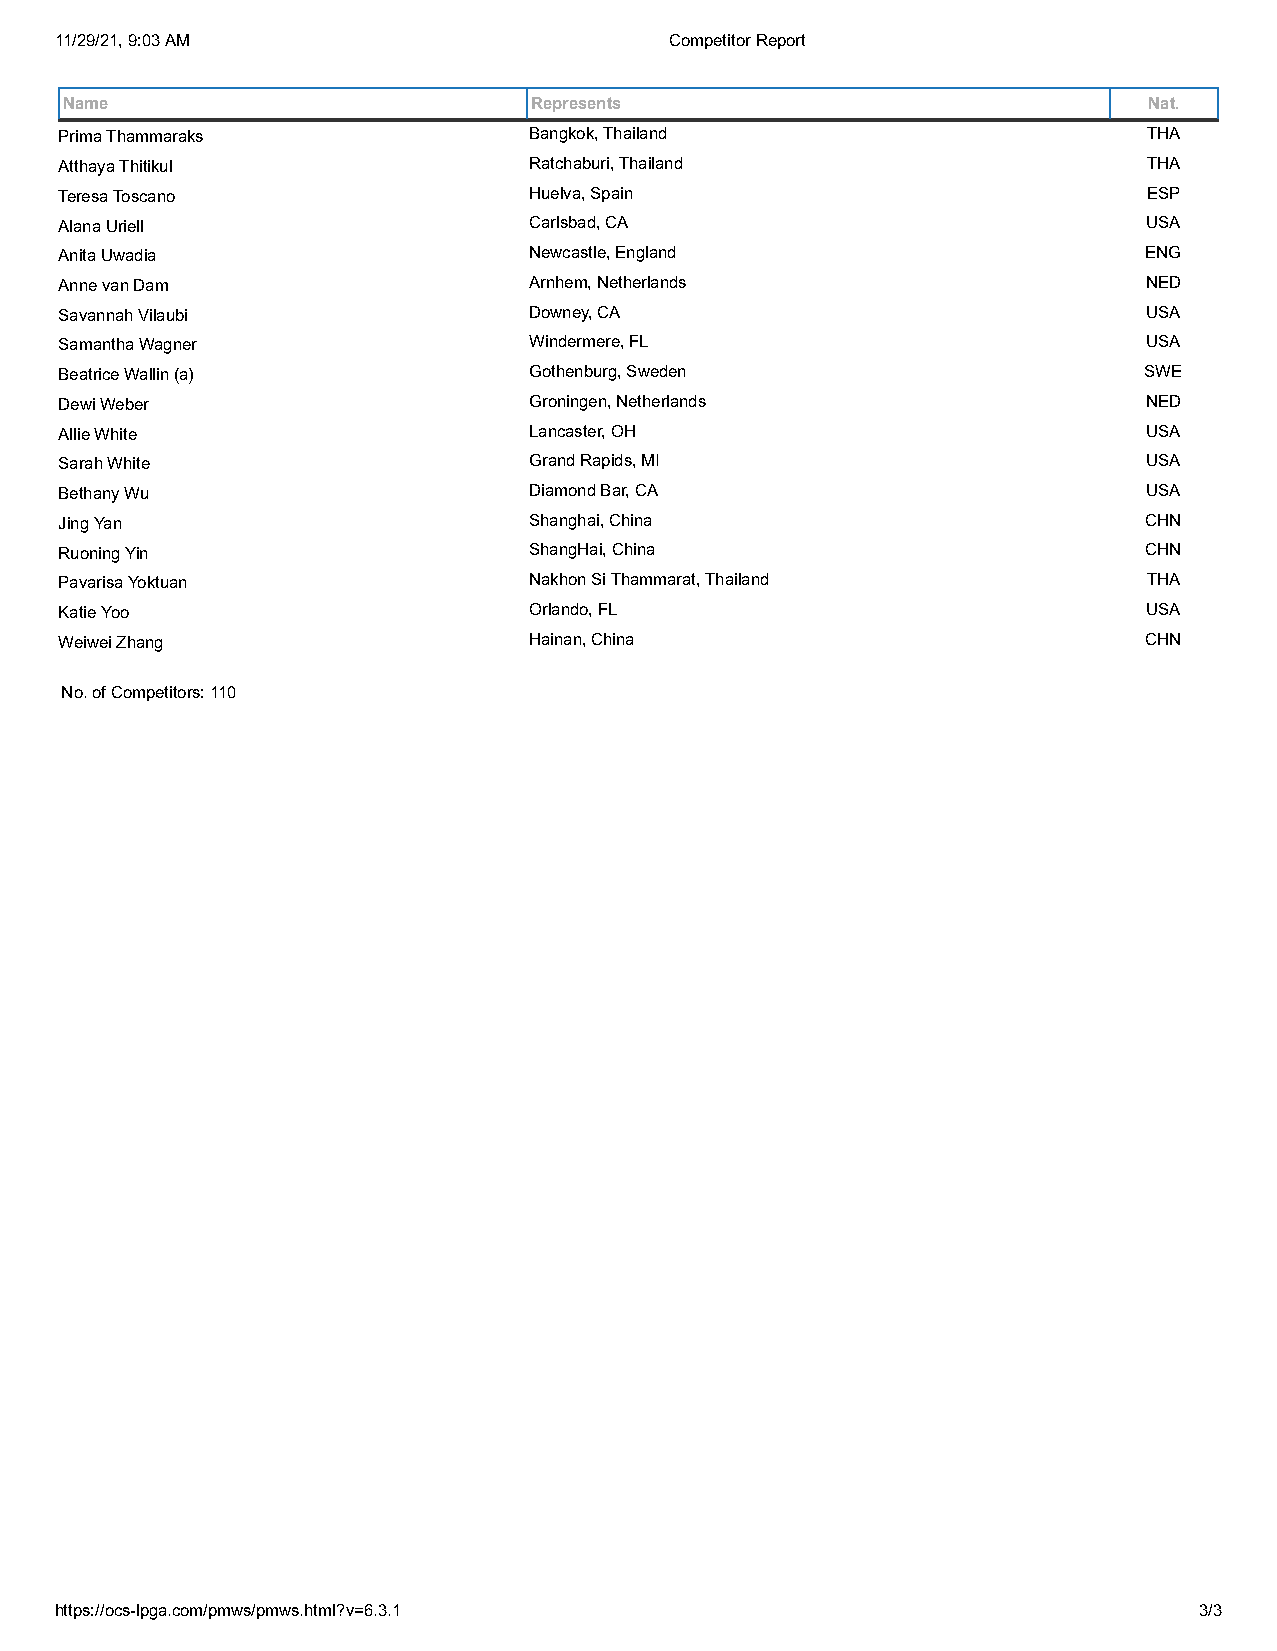
11/29/21, 9:03 AM                       Competitor Report
 Name                           Represents                               Nat.
 Prima Thammaraks               Bangkok, Thailand                        THA
 Atthaya Thitikul               Ratchaburi, Thailand                     THA
 Teresa Toscano                 Huelva, Spain                            ESP
 Alana Uriell                   Carlsbad, CA                             USA
 Anita Uwadia                   Newcastle, England                       ENG
 Anne van Dam                   Arnhem, Netherlands                      NED
 Savannah Vilaubi               Downey, CA                               USA
 Samantha Wagner                Windermere, FL                           USA
 Beatrice Wallin (a)            Gothenburg, Sweden                       SWE
 Dewi Weber                     Groningen, Netherlands                   NED
 Allie White                    Lancaster, OH                            USA
 Sarah White                    Grand Rapids, MI                         USA
 Bethany Wu                     Diamond Bar, CA                          USA
 Jing Yan                       Shanghai, China                          CHN
 Ruoning Yin                    ShangHai, China                          CHN
 Pavarisa Yoktuan               Nakhon Si Thammarat, Thailand            THA
 Katie Yoo                      Orlando, FL                              USA
 Weiwei Zhang                   Hainan, China                            CHN
 No. of Competitors: 110
 https://ocs-lpga.com/pmws/pmws.html?v=6.3.1                                3/3